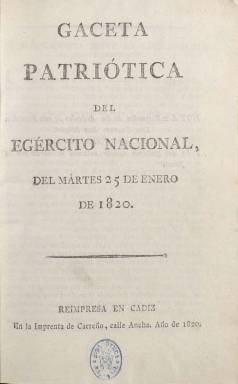
Título: Gaceta patriótica del ejército nacional (Reimp. en Cádiz)
Otros títulos: Gaceta patriótica del ejército nacional || Gaceta patriótica del exército nacional
Colección: Gacetas
Ámbito geográfico: Cádiz
Lugar de publicación: Cádiz
Fechas: 25/01/1820-26/05/1820

Se publicó en San Fernando, aunque se reimprimió en la gaditana Imprenta de Carreño, fundada y dirigida por el militar Evaristo San Miguel (1775-1862) y el político Antonio Alcalá Galiano (1789-1865), aunque el verdadero responsable de la redacción fue este último (Saiz: 1984). Se publicaron 36 entregas, desde el 25 de enero de 1820 al 26 de mayo de 1820, periodo que cubre desde 25 días después del inicio del pronunciamiento liberal de Riego en Cabezas de San Juan hasta poco después de su triunfo definitivo, siendo considerada como la publicación “oficial” del mismo, para la difusión de sus principios constitucionalistas y de los hechos de armas que se van produciendo, principalmente en Cádiz (artículos doctrinales, proclamas, comunicados, artículos remitidos, crónicas, etc.).

Su primer artículo lleva el epígrafe Consideraciones sobre la legitimidad de nuestra insurrección, y su primera crónica, el de Relación de lo ocurrido en la gloriosa insurrección del Egército nacional contra la tiranía.

Aparecerá generalmente dos días a la semana (martes y viernes) y sus entregas serán de ocho páginas cada una, compuestas a una columna. Se convirtió en el primer periódico liberal del trienio y al principio en el único, por lo que atrajo una gran atención del público, además de representar la primera expresión del liberalismo exaltado, opuesto al moderado o doceañista, tras el sexenio absolutista anterior.

Saiz (1984) ha observado dos etapas claramente diferenciadas de esta Gaceta –que se llamó en ocasiones Gaceta de la Isla-, cuya línea divisoria se encuentra en la promesa de juramento de la Constitución por el rey, el 7 de marzo de 1820, con asuntos fundamentales en la primera como el programa político del movimiento insurreccional, la pasiva respuesta del pueblo o la emancipación americana, con proclamas y discursos de líderes sudamericanos de indiscutible interés histórico (García Barrón: 1977).

García Barrón, que analizó también este periódico (Revista de Occidente, abril 1977), resalta el silencio sobre esta Gaceta entre los más variados e importantes historiadores, además de reparar en el tono mesurado de los escritos de Alcalá Galiano.

Los 36 números de este título, incluido uno extraordinario, suman 288 páginas. En la colección de la Biblioteca Nacional de España también se encuentra el correspondiente al 21 de marzo, reimpreso en Sevilla, por Aragón y Compañía.